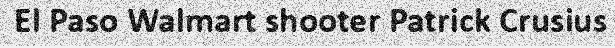
El Paso Walmart shooter Patrick Crusius